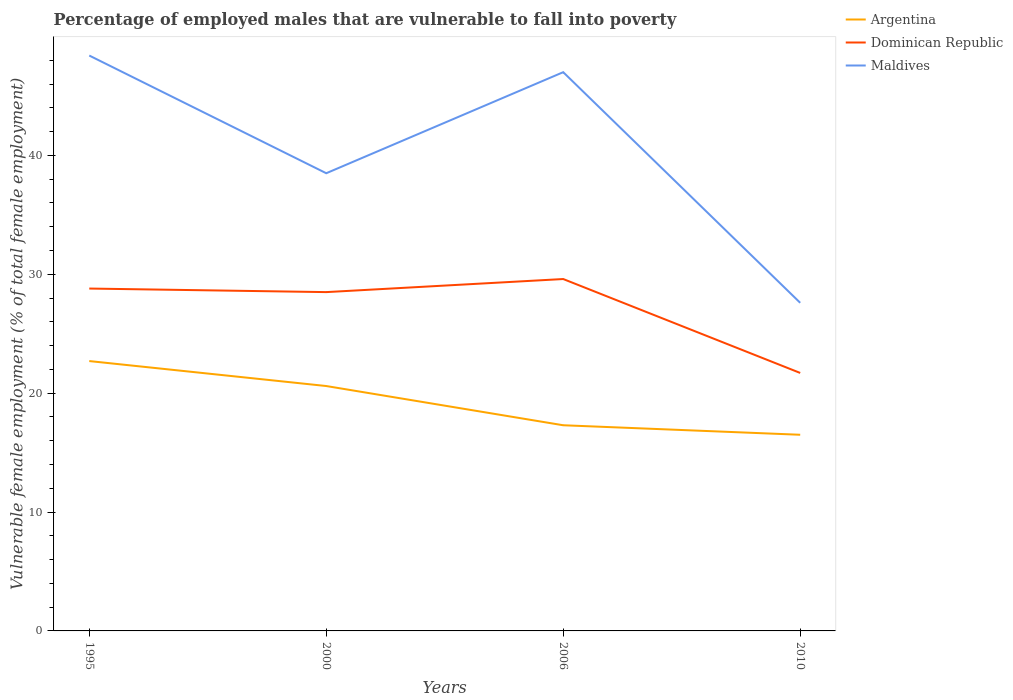
| Years | Argentina | Dominican Republic | Maldives |
 | --- | --- | --- | --- |
 | 1995 | 22.7 | 28.8 | 48.4 |
 | 2000 | 20.6 | 28.5 | 38.5 |
 | 2006 | 17.3 | 29.6 | 47 |
 | 2010 | 16.5 | 21.7 | 27.6 |